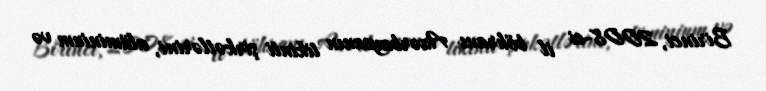
Birinci, 2008-ci il böhranı Azərbaycanın tikinti şirkətlərini, alüminium və